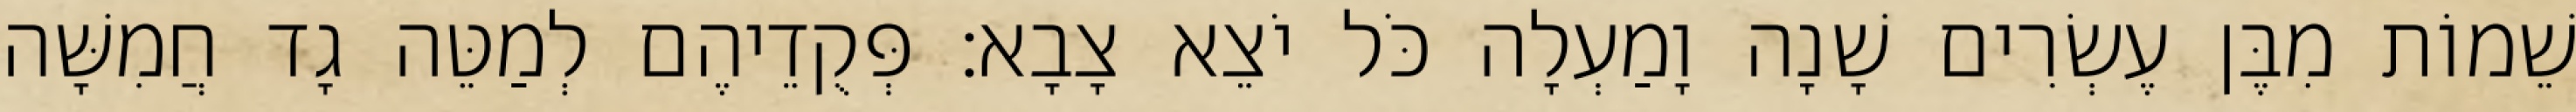
שֵׁמוֹת מִבֶּן עֶשְׂרִים שָׁנָה וָמַעְלָה כֹּל יֹצֵא צָבָא׃ פְּקֻדֵיהֶם לְמַטֵּה גָד חֲמִשָּׁה